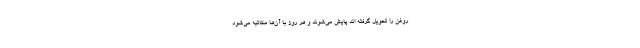
روغن را تحویل گرفته اند پایش می‌شوند و هر روز با آن‌ها مکاتبه می‌شود